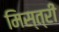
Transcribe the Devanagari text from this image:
मिस्‍त्री